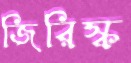
জিরিস্ক